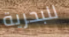
للبحرية